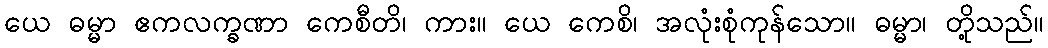
ယေ ဓမ္မာ ဧကလက္ခဏာ ကေစီတိ၊ ကား။ ယေ ကေစိ၊ အလုံးစုံကုန်သော။ ဓမ္မာ၊ တို့သည်။